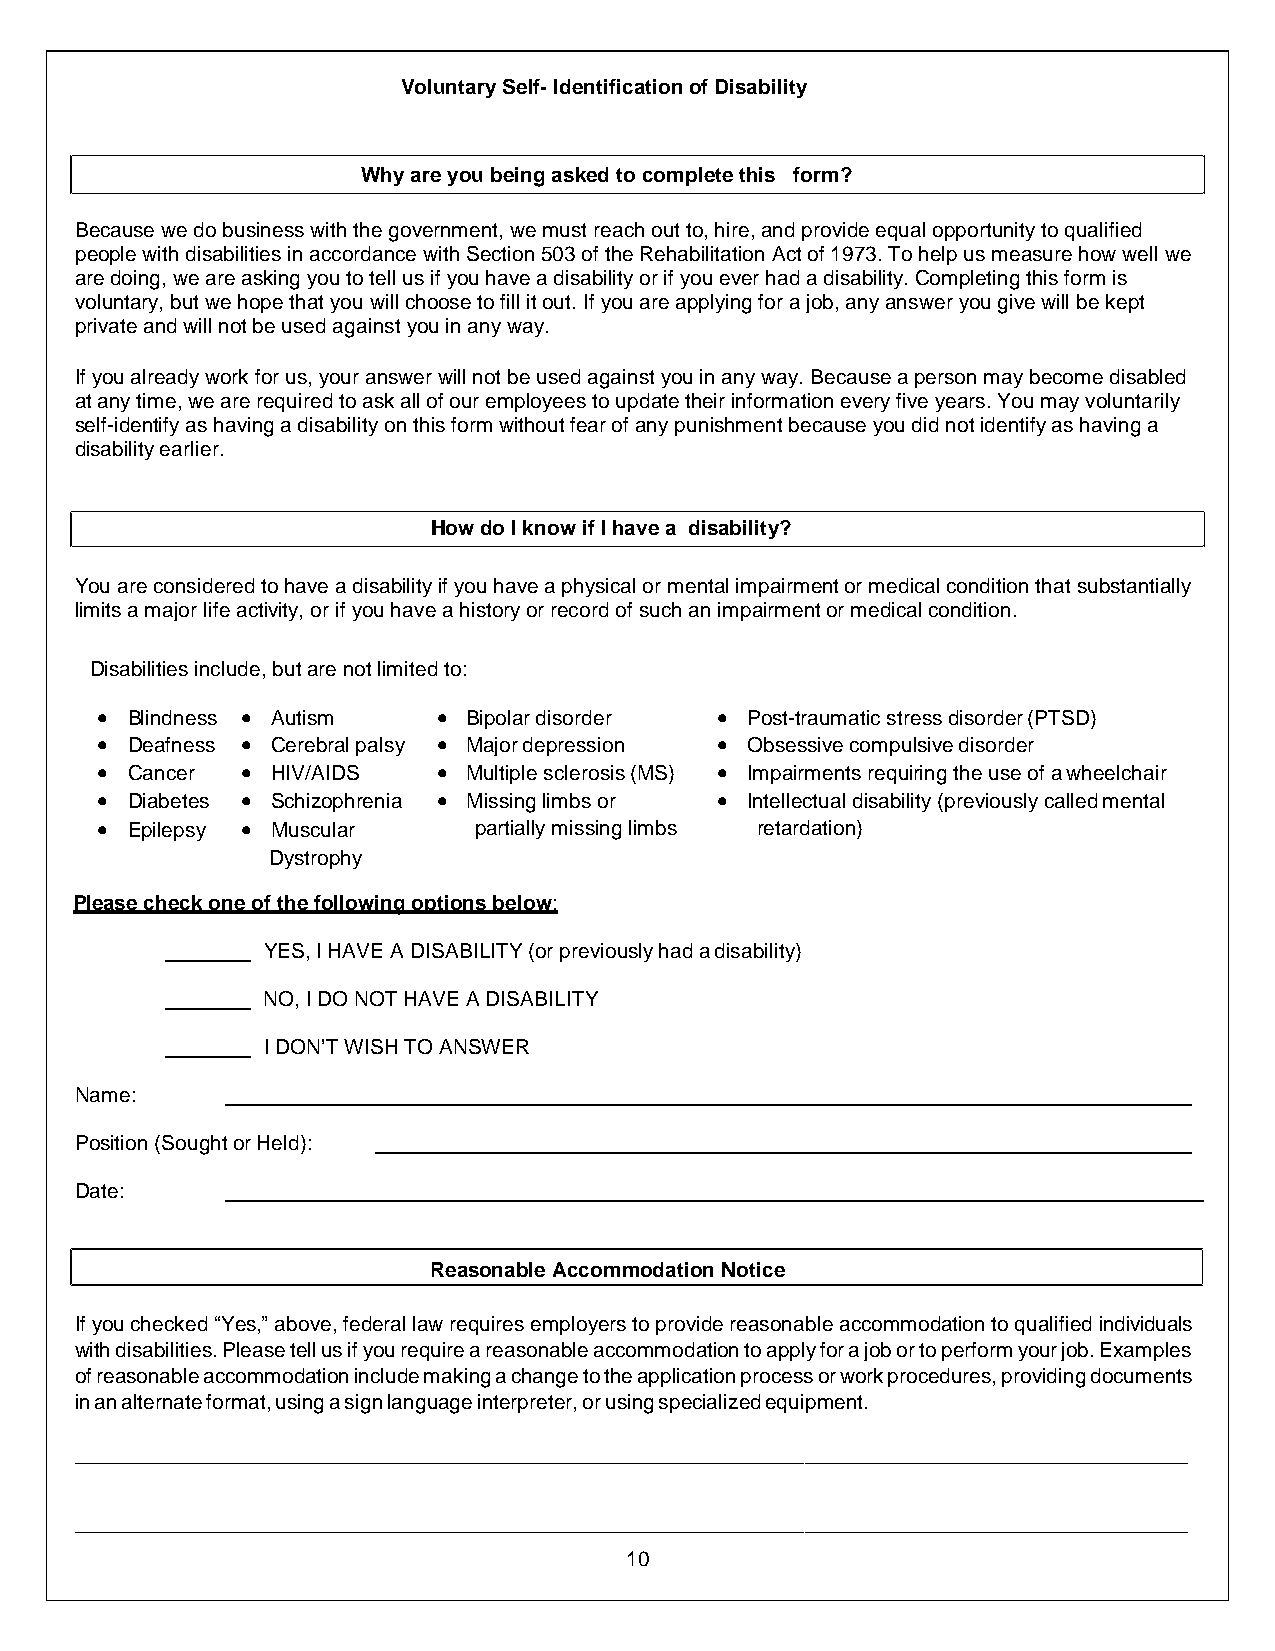
VoluntarySelf-IdentificationofDisability
 Whyareyoubeingaskedtocompletethis form?
 Becausewedobusinesswiththegovernment,wemustreachoutto,hire,andprovideequalopportunitytoqualified
 peoplewithdisabilitiesinaccordancewithSection503oftheRehabilitationActof1973.Tohelpusmeasurehowwellwe
 aredoing,weareaskingyoutotellusifyouhaveadisabilityorifyoueverhadadisability.Completingthisformis
 voluntary,butwehopethatyouwillchoosetofillitout.Ifyouareapplyingforajob,anyanswer yougivewillbekept
 privateandwillnotbeusedagainstyouinanyway.
 Ifyoualreadyworkforus,youranswerwillnotbeusedagainstyouinanyway.Becauseapersonmaybecomedisabled
 atanytime,wearerequiredtoaskallofouremployeestoupdatetheirinformationeveryfiveyears.Youmayvoluntarily
 self-identifyashavingadisabilityonthisformwithoutfearofanypunishmentbecauseyoudidnotidentifyashavinga
 disabilityearlier.
 HowdoIknowifIhavea disability?
 Youareconsideredtohaveadisabilityifyouhaveaphysicalormentalimpairmentormedicalconditionthatsubstantially
 limitsamajorlifeactivity,orifyouhaveahistoryorrecordofsuchanimpairmentormedicalcondition.
 Disabilitiesinclude,butarenotlimitedto:
 • Blindness • Autism   • Bipolardisorder • Post-traumaticstressdisorder(PTSD)
 • Deafness • Cerebralpalsy • Majordepression • Obsessivecompulsivedisorder
 • Cancer  • HIV/AIDS   • Multiplesclerosis(MS) • Impairmentsrequiringtheuseofawheelchair
 • Diabetes • Schizophrenia • Missinglimbsor • Intellectualdisability(previouslycalledmental
 • Epilepsy • Muscular    partiallymissinglimbs retardation)
 Dystrophy
 Pleasecheckoneofthefollowingoptionsbelow:
 YES,IHAVEADISABILITY(orpreviouslyhadadisability)
 NO,IDONOTHAVEADISABILITY
 IDON’TWISHTOANSWER
 Name:
 Position(SoughtorHeld):
 Date:
 ReasonableAccommodationNotice
 Ifyouchecked“Yes,”above,federallawrequiresemployerstoprovidereasonableaccommodationtoqualifiedindividuals
 withdisabilities.Pleasetellusifyourequireareasonableaccommodationtoapplyforajobortoperformyourjob.Examples
 ofreasonableaccommodationincludemakingachangetotheapplicationprocessorworkprocedures,providingdocuments
 inanalternateformat,usingasignlanguageinterpreter,orusingspecializedequipment.
 10